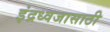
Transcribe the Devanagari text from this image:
इंद्रध्वजासाठी